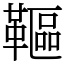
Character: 䩽